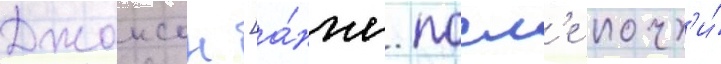
Джонсон [а́нгл. посл'е почт'и́